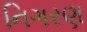
નિગરણ